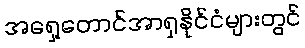
အရှေ့တောင်အာရှနိုင်ငံများတွင်